Report on horse surra - Volume I
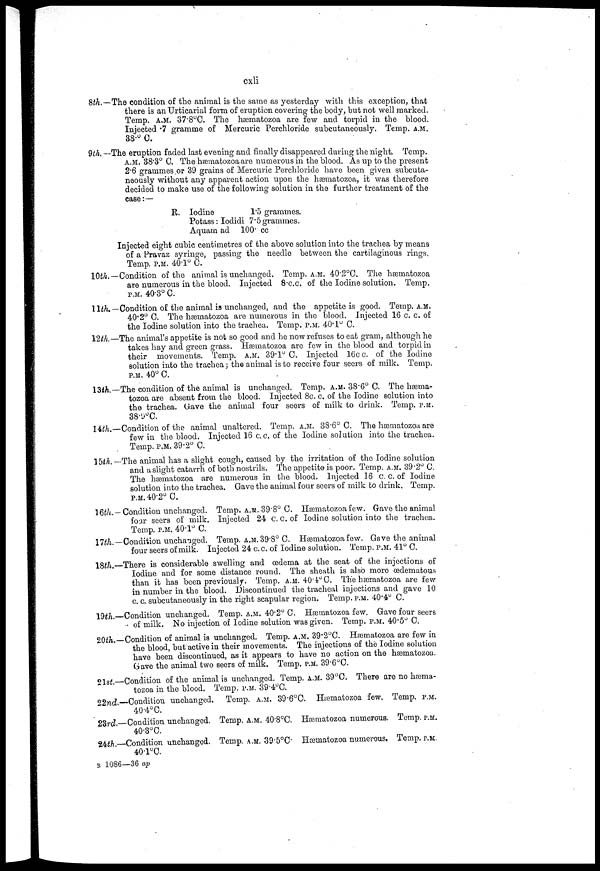
cxli
8th.—The condition of the animal is the same as yesterday with this exception, that
there is an Urticarial form of eruption covering the body, but not well marked.
Temp. A.M. 37.8°C. The hæmatozoa are few and torpid in the blood.
Injected .7 gramme of Mercuric Perchloride subcutaneously. Temp. A.M.
38.° C.
9th. —The eruption faded last evening and finally disappeared during the night. Temp.
A.M. 38.3° C. The hæmatozoa are numerous in the blood. As up to the present
2.6 grammes .or 39 grains of Mercuric Perchloride have been given subcuta-
neously without any apparent action upon the hæmatozoa, it was therefore
decided to make use of the following solution in the further treatment of the
case :—
R. Iodine
1*5 grammes.
Potass: Iodidi 7.5 grammes.
Aquam ad 100. cc
Injected eight cubic centimetres of the above solution into the trachea by means
of a Pravaz syringe, passing the needle between the cartilaginous rings
Temp. P.M. 401° 0.
I0th.―Condition of the animal is unchanged. Temp. A.M. 40.2°C. The hæmatozoa
are numerous in the blood. Injected 8.c.c. of the Iodine solution. Temp.
P.M. 40.3° C.
11th.—Condition of the animal is unchanged, and the appetite is good. Temp. A.M.
40.2° C. The hæmatozoa are numerous in the blood. Injected 16 c. c. of
the Iodine solution into the trachea. Temp. P.M. 40. 1° C.
12th.—The animal's appetite is not so good and he now refuses to eat gram, although he
takes hay and green grass. Hæmatozoa are few in the blood and torpid in
their movements. Temp. A.M. 39.1° C. Injected 16c c. of the Iodine
solution into the trachea ; the animal is to receive four seers of milk. Temp.
P.M. 40° C.
13th.—The condition of the animal is unchanged. Temp. A.M. 38.6° C. The hæma-
tozoa are absent from the blood. Injected 8c. c. of the Iodine solution into
the trachea. Gave the animal four seers of milk to drink. Temp. P.M.
38.9°C.
14th.—Condition of the animal unaltered. Temp. A.M. 38.6° C. The hæmatozoa are
few in the blood. Injected 16 c.c. of the Iodine solution into the trachea.
Temp. P.M. 39.2° C.
15th.— The animal has a slight cough, caused by the irritation of the Iodine solution
and a slight catarrh of both nostrils. The appetite is poor. Temp. a.m. 39.2° C.
The hæmatozoa are numerous in the blood. Injected 16 c. c. of Iodine
solution into the trachea. Gave the animal four seers of milk to drink. Temp.
P.M 40.2° C.
16th.—Condition unchanged. Temp. A.M. 39.8° C. Hæmatozoa few. Gave the animal
four seers of milk. Injected 24 c. c. of Iodine solution into the trachea.
Temp. P.M. 40.1° C.
17th.—Condition unchanged. Temp. A.M. 39.8° C. Hæmatozoa few. Gave the animal
four seers of milk. Injected 24 c. c. of Iodine solution. Temp. p.m. 41° C.
18th—There is considerable swelling and oedema at the seat of the injections of
Iodine and for some distance round. The sheath is also more œdematous
than it has been previously. Temp. A.M. 40.4° C. The hæmatozoa are few
in number in the blood. Discontinued the tracheal injections and gave 10
c. c. subcutaneously in the right scapular region. Temp. p.m. 40.4° C.
19th.—Condition unchanged. Temp. A.M. 40.2° C. Hæmatozoa few. Gave four seers
of milk. No injection of Iodine solution was given. Temp. p.m. 40.5° C.
20th.—Condition of animal is unchanged. Temp. A.M. 39.2°C. Hæmatozoa are few in
the blood, but active in their movements. The injections of the Iodine solution
have been discontinued, as it appears to have no action on the hæmatozoa.
Gave the animal two seers of milk. Temp. P.M. 39.6°C.
2lst.—Condition of the animal is unchanged. Temp. A.M. 39°C. There are no hæmia-
tozoa in the blood. Temp. P.M. 39.4°C.
22nd —Condition unchanged. Temp. P.M. 39.6°C. Hæmatozoa few. Temp. P.M.
40.4°C.
23rd —Condition unchanged. Temp. A.M. 40.8°C. Hæmatozoa numerous. Temp. P.M.
40.3°C.
24th.—Condition unchanged. Temp. A.M. 39.5°C. Hæmatozoa numerous. Temp. P.M.
40.1°C.
B 1086—36 ap